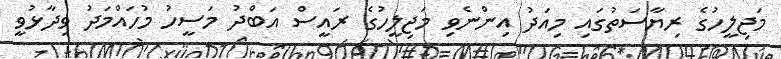
މަޖިލީހުގެ ރިޔާސަތުގައި މިއަދު އިންނެވި މަޖިލީހުގެ ރައީސް އަބްދު މަސީހު މުހައްމަދު ވިދާޅުވީ